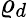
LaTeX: \varrho_{d}